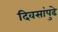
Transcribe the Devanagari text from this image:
दिवसांपुढे